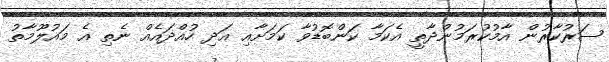
ސަރުކާރުން އާމުކުރަމުންދާތީ އެކަމާ ކަންބޮޑުވާ ކަމަށާއި އަދި ހުއްދައެއް ނެތި އެ މައުލޫމާތު